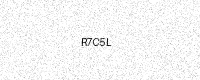
Text: R7C5L